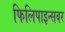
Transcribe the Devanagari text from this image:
फिलिपाइन्सवर